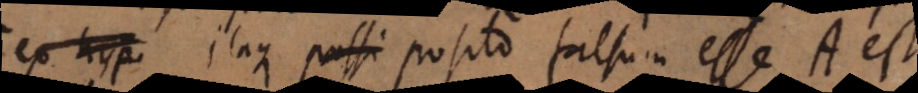
Bex hyp.. Itaque possi posito falsum esse A est